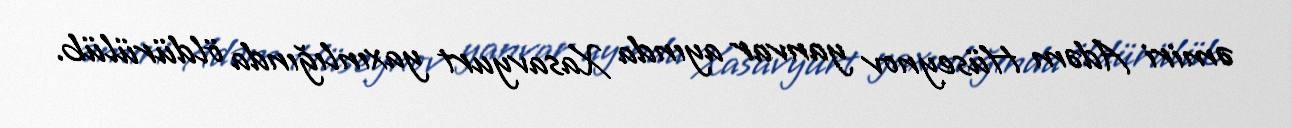
əmiri Adəm Hüseynov yanvar ayında Xasavyurt yaxınlığında öldürülüb.